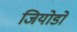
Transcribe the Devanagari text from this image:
जियोडों